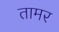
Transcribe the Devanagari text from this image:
तामर